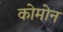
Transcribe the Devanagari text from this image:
कोमोन